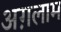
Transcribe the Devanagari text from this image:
अग़लाम